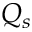
Q _ { s }